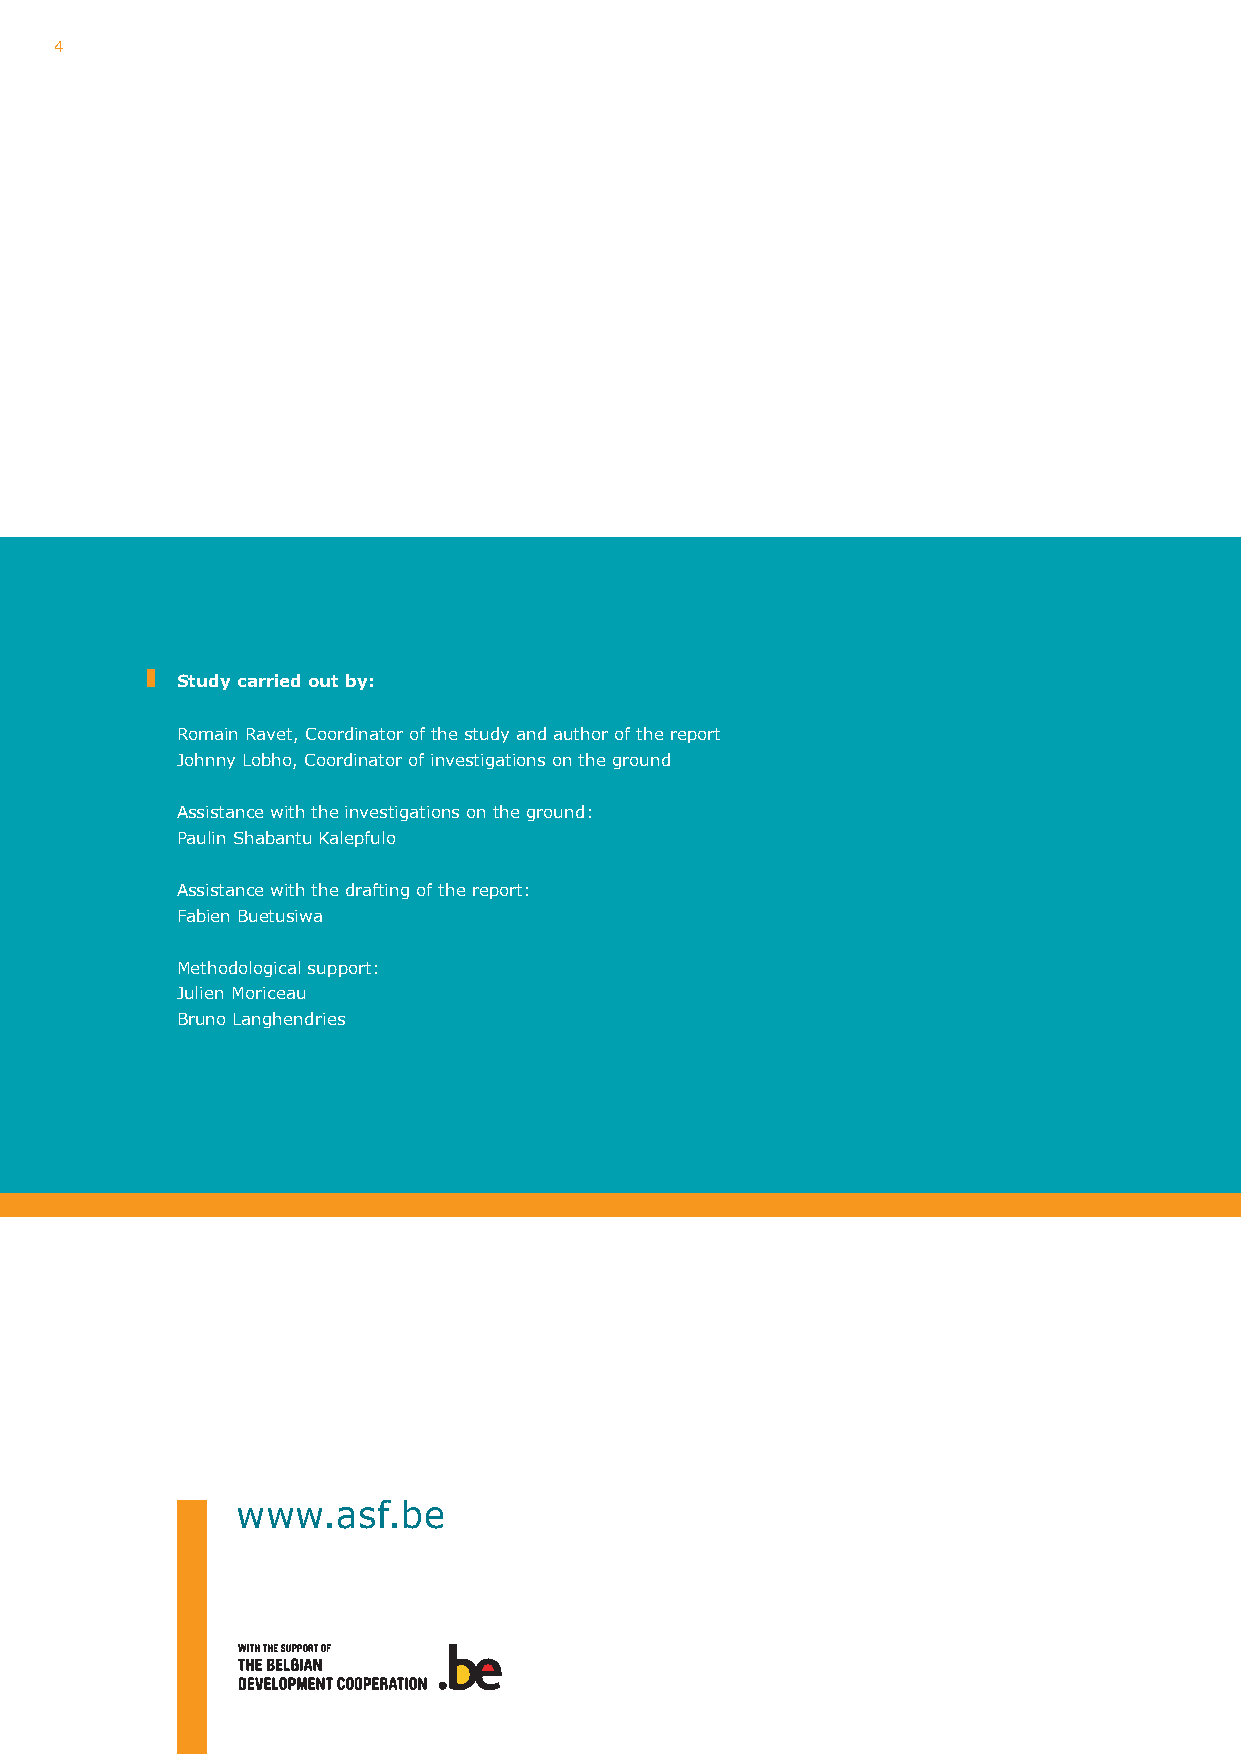
4
 Study carried out by:
 Romain Ravet, Coordinator of the study and author of the report
 Johnny lobho, Coordinator of investigations on the ground
 Assistance with the investigations on the ground:
 paulin Shabantu Kalepfulo
 Assistance with the drafting of the report:
 Fabien Buetusiwa
 methodological support:
 Julien moriceau
 Bruno langhendries
 www.asf.be